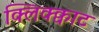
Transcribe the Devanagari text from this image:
क्लिक्क्वाट